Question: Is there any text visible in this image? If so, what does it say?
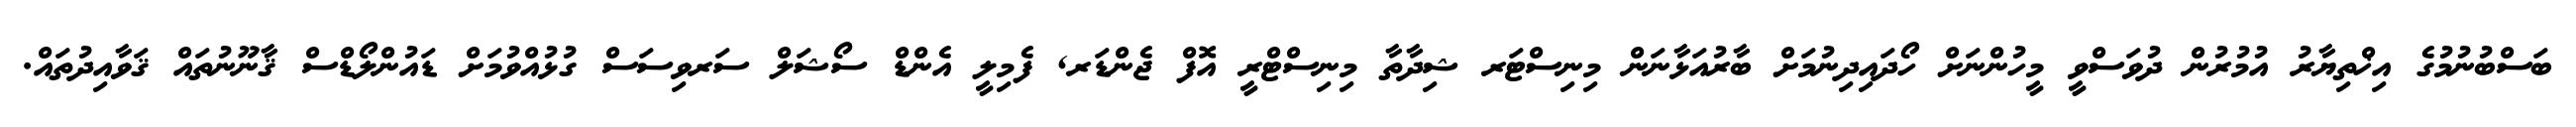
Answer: ބަސްބުނުމުގެ އިޚްތިޔާރު އުމުރުން ދުވަސްވީ މީހުންނަށް ހޯދައިދިނުމަށް ބާރުއަޅާނަން މިނިސްޓަރ ޝިދާތާ މިނިސްޓްރީ އޮފް ޖެންޑަރ, ފެމިލީ އެންޑް ސޯޝަލް ސަރވިސަސް ގުޅުއްވުމަށް ޑައުންލޯޑްސް ޤާނޫނުތައް ޤަވާއިދުތައް.